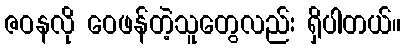
ဇဝနလို ဝေဖန်တဲ့သူတွေလည်း ရှိပါတယ်။